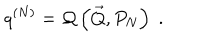
LaTeX: q ^ { ( N ) } = { \cal Q } \left( \vec { Q } , P _ { N } \right) \; .